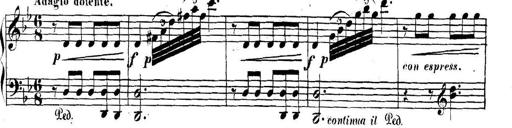
Title: Collected Piano Sonatas
Composer: Muzio Clementi